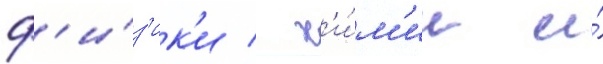
ф'и́з'ик'и / х'и́м'ии и́